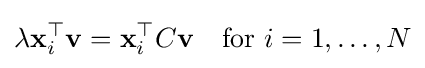
\lambda \mathbf {x} _{i}^{\top }\mathbf {v} =\mathbf {x} _{i}^{\top }C\mathbf {v} \quad {\textrm {for}}~i=1,\ldots ,N